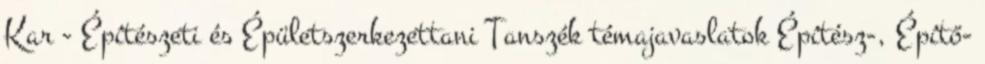
Kar - Építészeti és Épületszerkezettani Tanszék témajavaslatok Építész-, Építő-